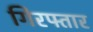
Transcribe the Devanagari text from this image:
गिरफ्तार